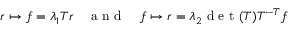
\begin{array} { r } { r \mapsto f = \lambda _ { 1 } T r \quad \mathrm { ~ a ~ n ~ d ~ } \quad f \mapsto r = \lambda _ { 2 } \mathrm { ~ d ~ e ~ t ~ } ( T ) T ^ { - T } f } \end{array}